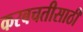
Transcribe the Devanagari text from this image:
करबचतीसाठी